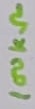
Text: 100kΩ